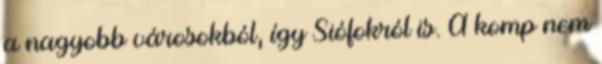
a nagyobb városokból, így Siófokról is. A komp nem